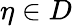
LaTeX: \eta\in D